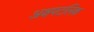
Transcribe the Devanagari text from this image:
अक्षपटलिक